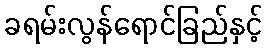
ခရမ်းလွန်ရောင်ခြည်နှင့်